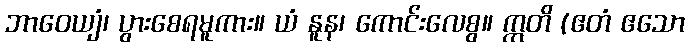
ဘာဝေယျံ၊ ပွားစေရမူကား။ ယံ နူန၊ ကောင်းလေစွ။ ဣတိ (ဧတံ ဧသော